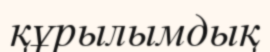
құрылымдық